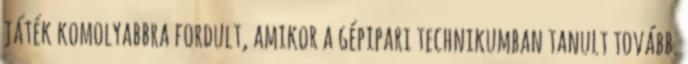
játék komolyabbra fordult, amikor a gépipari technikumban tanult tovább.